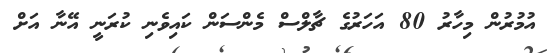
އުމުރުން މިހާރު 80 އަހަރުގެ ޗާލްސް މެންސަން ކައިވެނި ކުރަނީ އޭނާ އަށް